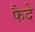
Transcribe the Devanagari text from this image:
फैदे